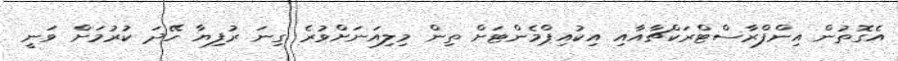
އެގޮތުން އިންފްރާސްޓްރަކްޗާއާއި އިކުއިޕްމެންޓަށް ތިން މިލިއަނަށްވުރެ ގިނަ ރުފިޔާ ހޭދަ ކުރުމަށް ވަނީ